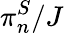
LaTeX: \pi_{n}^{S}/J